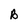
Character: B